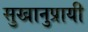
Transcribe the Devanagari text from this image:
सुखानुप्रायी